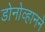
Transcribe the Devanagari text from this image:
डोनोव्हानने